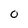
Character: 0